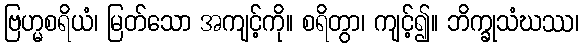
ဗြဟ္မစရိယံ၊ မြတ်သော အကျင့်ကို။ စရိတွာ၊ ကျင့်၍။ ဘိက္ခုသံဃဿ၊